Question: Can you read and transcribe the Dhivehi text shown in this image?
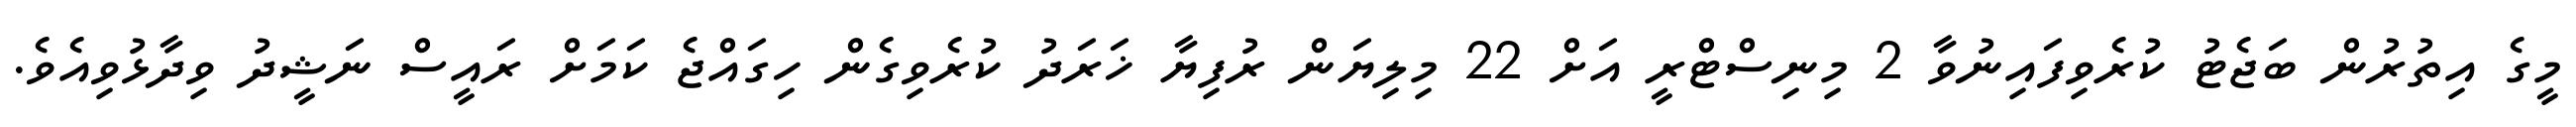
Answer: މީގެ އިތުރުން ބަޖެޓު ކުރެވިފައިނުވާ 2 މިނިސްޓްރީ އަށް 22 މިލިޔަން ރުފިޔާ ޚަރަދު ކުރެވިގެން ހިގައްޖެ ކަމަށް ރައީސް ނަޝީދު ވިދާޅުވިއެވެ.